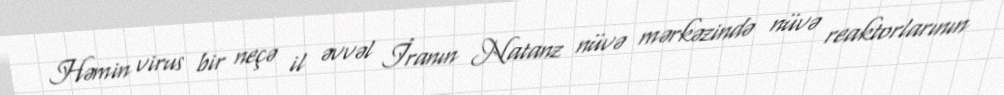
Həmin virus bir neçə il əvvəl İranın Natanz nüvə mərkəzində nüvə reaktorlarının